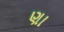
ણા